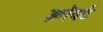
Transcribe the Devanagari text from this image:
क्लॉवर्ट